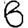
Digit: 6